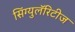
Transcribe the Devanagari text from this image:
सिंग्युलॅरिटीज